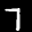
Label: 7